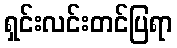
ရှင်းလင်းတင်ပြရာ